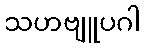
သဟဗျူပဂါ